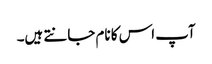
آپ اس کا نام جانتے ہیں۔